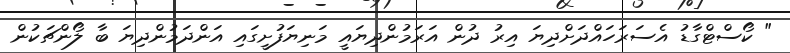
" ކޯސްޓްގާޑު އެސަރަހައްދަށްދިޔަ އިރު ދުން އަރަމުންދިޔައީ މަނިޔަފުށީގައި އަންދަމުންދިޔަ ބާ ލޯންޗަކުން